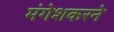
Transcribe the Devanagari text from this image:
मंगेशकरने